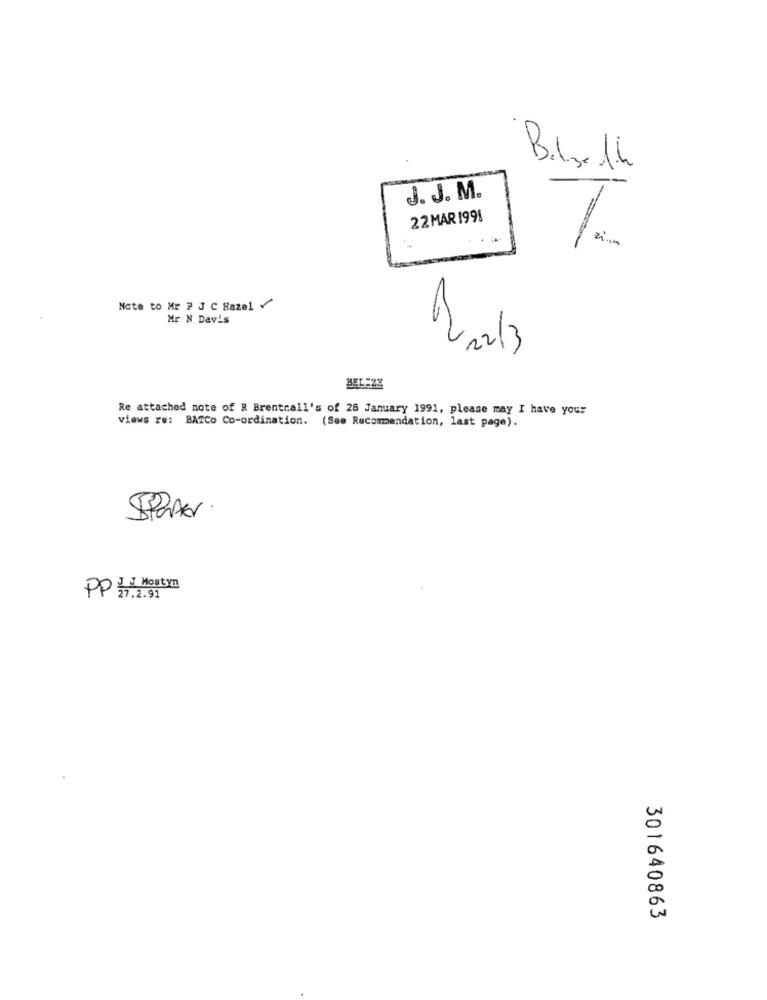
-
J. J. M.
22 MAR 1991
Nate to Mr ? J C Hazel
Mr N Davis
22/3
BEL:28
Re attached note of R Brentcall's of 28 January 1991, please may I have your
views re: BATCO Co-ordination. (See Recommendation, last page).
SPater
PP J J Mostyn
27.2.91
301640863